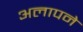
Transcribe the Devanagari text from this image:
अलापने